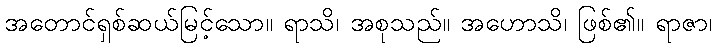
အတောင်ရှစ်ဆယ်မြင့်သော။ ရာသိ၊ အစုသည်။ အဟောသိ၊ ဖြစ်၏။ ရာဇာ၊